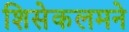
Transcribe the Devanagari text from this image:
शिसेकलमने